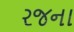
રજના